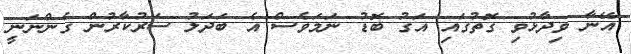
އޭނާ ވިދާޅުވި ގޮތުގައި އަގު ބޮޑު ނަމަވެސް އެ ބަދަލު ސަރުކާރުން ގެންނަނީ